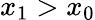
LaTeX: x_{1}>x_{0}